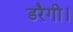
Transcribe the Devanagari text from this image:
डरैगी।